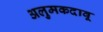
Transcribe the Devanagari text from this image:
अलुमकदावू